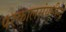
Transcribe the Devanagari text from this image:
परकालसंयमीन्द्र